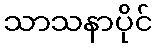
သာသနာပိုင်